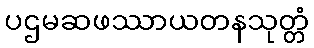
ပဌမဆဖဿာယတနသုတ္တံ